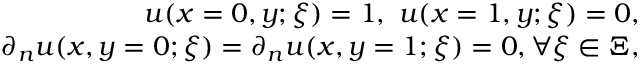
\begin{array} { r } { u ( x = 0 , y ; \xi ) = 1 , ~ u ( x = 1 , y ; \xi ) = 0 , } \\ { \partial _ { \boldsymbol { n } } u ( x , y = 0 ; \xi ) = \partial _ { \boldsymbol { n } } u ( x , y = 1 ; \xi ) = 0 , \forall \xi \in \Xi , } \end{array}